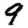
Digit: 9